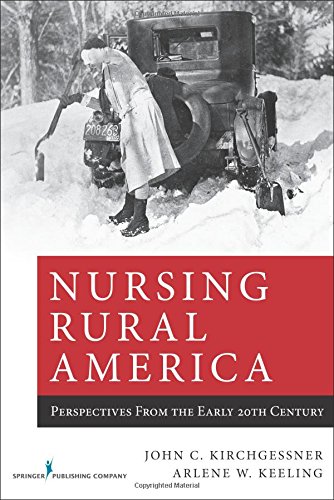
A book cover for Nursing Rural America: Perspectives From the Early 20th Century; Medical Books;